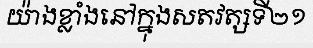
យ៉ាងខ្លាំងនៅក្នុងសតវត្សទី២១